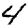
Digit: 4